system: You are a helpful assistant.
user:
Analyze the provided spectrum to determine if it is a **"Cataclysmic Variables (CV)"**.

- **Key Indicators for CV (Check for either state):**
    - **State 1: Quiescent / Low-State (Emission-Dominated)**
        - **(Primary):** Strong and *very broad* Hydrogen Balmer emission lines (e.g., $H\alpha$ at 6563 Å, $H\beta$ at 4861 Å). The 'broadness' (high velocity dispersion, often FWHM > 1000 km/s) is the key diagnostic, indicating a high-velocity accretion disk.
        - **(Secondary):** Broad neutral Helium (He I) emission lines (e.g., 5876 Å, 6678 Å).
        - **(Key Confirmation):** Presence of high-excitation *ionized* Helium (He II) emission at 4686 Å. This is a strong indicator of accretion onto a white dwarf.
        - **(Line Profile):** Emission lines may exhibit a 'double-peaked' profile, which is a classic signature of a rotating accretion disk viewed at high inclination.

    - **State 2: Outburst / High-State (Absorption-Dominated)**
        - **(Primary):** Spectrum is dominated by a bright, blue continuum (looks like a hot star).
        - **(Secondary):** The emission lines from State 1 are weak, absent, or 'filled in', and are replaced by broad, shallow *absorption* lines (primarily Balmer and He I).
        - **(Morphology):** The overall spectrum mimics a hot B/A-type star. The crucial difference is that the absorption lines are significantly broader, shallower, and more 'washed-out' (or 'smeared') than the sharp lines of a normal stellar photosphere, due to high rotational speeds and pressure broadening in the disk.

Think first, call **spectral_visualization_tool** if needed to examine features in detail, then provide your final answer. Your response must adhere to the following strict rules:
1.  **Overall Structure:** Your response must follow the format `<think>...</think> <tool_call>...</tool_call> (if a tool is used) <answer>...</answer>`.
2.  **Tool Usage Constraint:** You may only make **one** tool call per turn.
3.  **Final Answer Format:** In the `<answer>` tag, your conclusion must be inside a `\boxed{}` command (e.g., `\boxed{YES}`), followed by your justification.

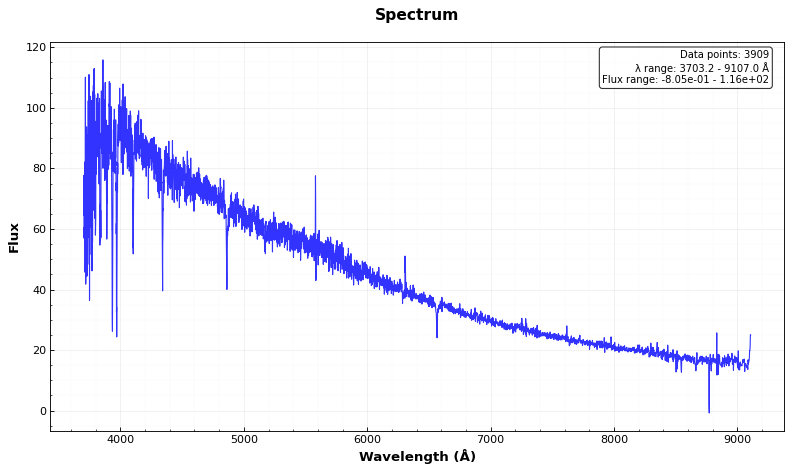
Answer: NO